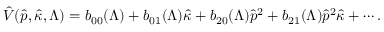
\hat { V } ( \hat { p } , \hat { \kappa } , \Lambda ) = b _ { 0 0 } ( \Lambda ) + b _ { 0 1 } ( \Lambda ) \hat { \kappa } + b _ { 2 0 } ( \Lambda ) \hat { p } ^ { 2 } + b _ { 2 1 } ( \Lambda ) \hat { p } ^ { 2 } \hat { \kappa } + \cdots .